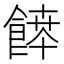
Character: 𩝃